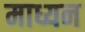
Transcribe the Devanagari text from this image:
माध्यन